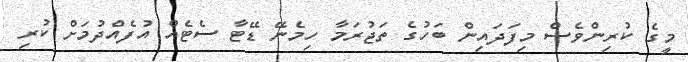
މީގެ ކުރިންވެސް މިފަދައިން ބަހުގެ ތަޖުރަމާ ހިމެނޭ ޑޭޓާ ސެޓެއް އުފެއްދުމަށް ކުރި